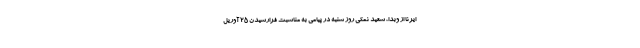
ایرنا از وبدا، سعید نمکی روز شنبه در پیامی به مناسبت فرارسیدن ۲۵ آوریل